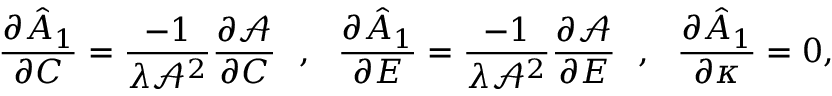
\frac { \partial \hat { A } _ { 1 } } { \partial C } = \frac { - 1 } { \lambda \mathcal { A } ^ { 2 } } \frac { \partial \mathcal { A } } { \partial C } ~ ~ , ~ ~ \frac { \partial \hat { A } _ { 1 } } { \partial E } = \frac { - 1 } { \lambda \mathcal { A } ^ { 2 } } \frac { \partial \mathcal { A } } { \partial E } ~ ~ , ~ ~ \frac { \partial \hat { A } _ { 1 } } { \partial \kappa } = 0 ,